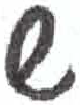
אות: ש